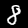
Label: 8